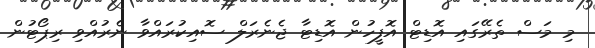
މި މަސް ތެރޭގައި އޮޑިޓް އޮފީހުން އޮޑިޓާ ޖެނެރަލް ސޮއިކުރައްވާ ނެރުއްވި ރިޕޯޓުން